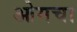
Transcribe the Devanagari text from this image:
ओमचा